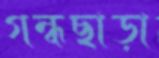
গন্ধছাড়া